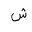
Letter: _shin